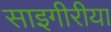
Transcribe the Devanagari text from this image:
साइगीरीया